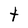
Character: t